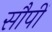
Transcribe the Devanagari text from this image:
सौपीं